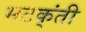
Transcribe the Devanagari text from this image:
भटक्ंती